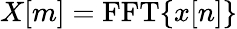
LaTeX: X[m]=\operatorname{FFT}\{ x[n]\}